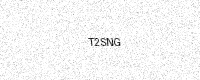
Text: T2SNG